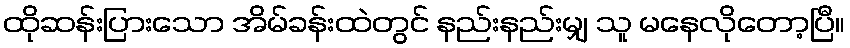
ထိုဆန်းပြားသော အိမ်ခန်းထဲတွင် နည်းနည်းမျှ သူ မနေလိုတော့ပြီ။